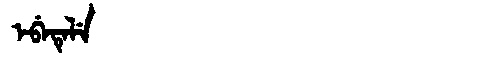
Manchu: ᡝᠪᡝᡨᡝᠯᡝ
Romanization: EBETELE